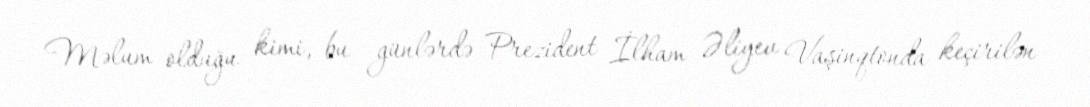
Məlum olduğu kimi, bu günlərdə Prezident İlham Əliyev Vaşinqtonda keçirilən